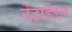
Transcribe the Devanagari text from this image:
टेट्राहेड्रल